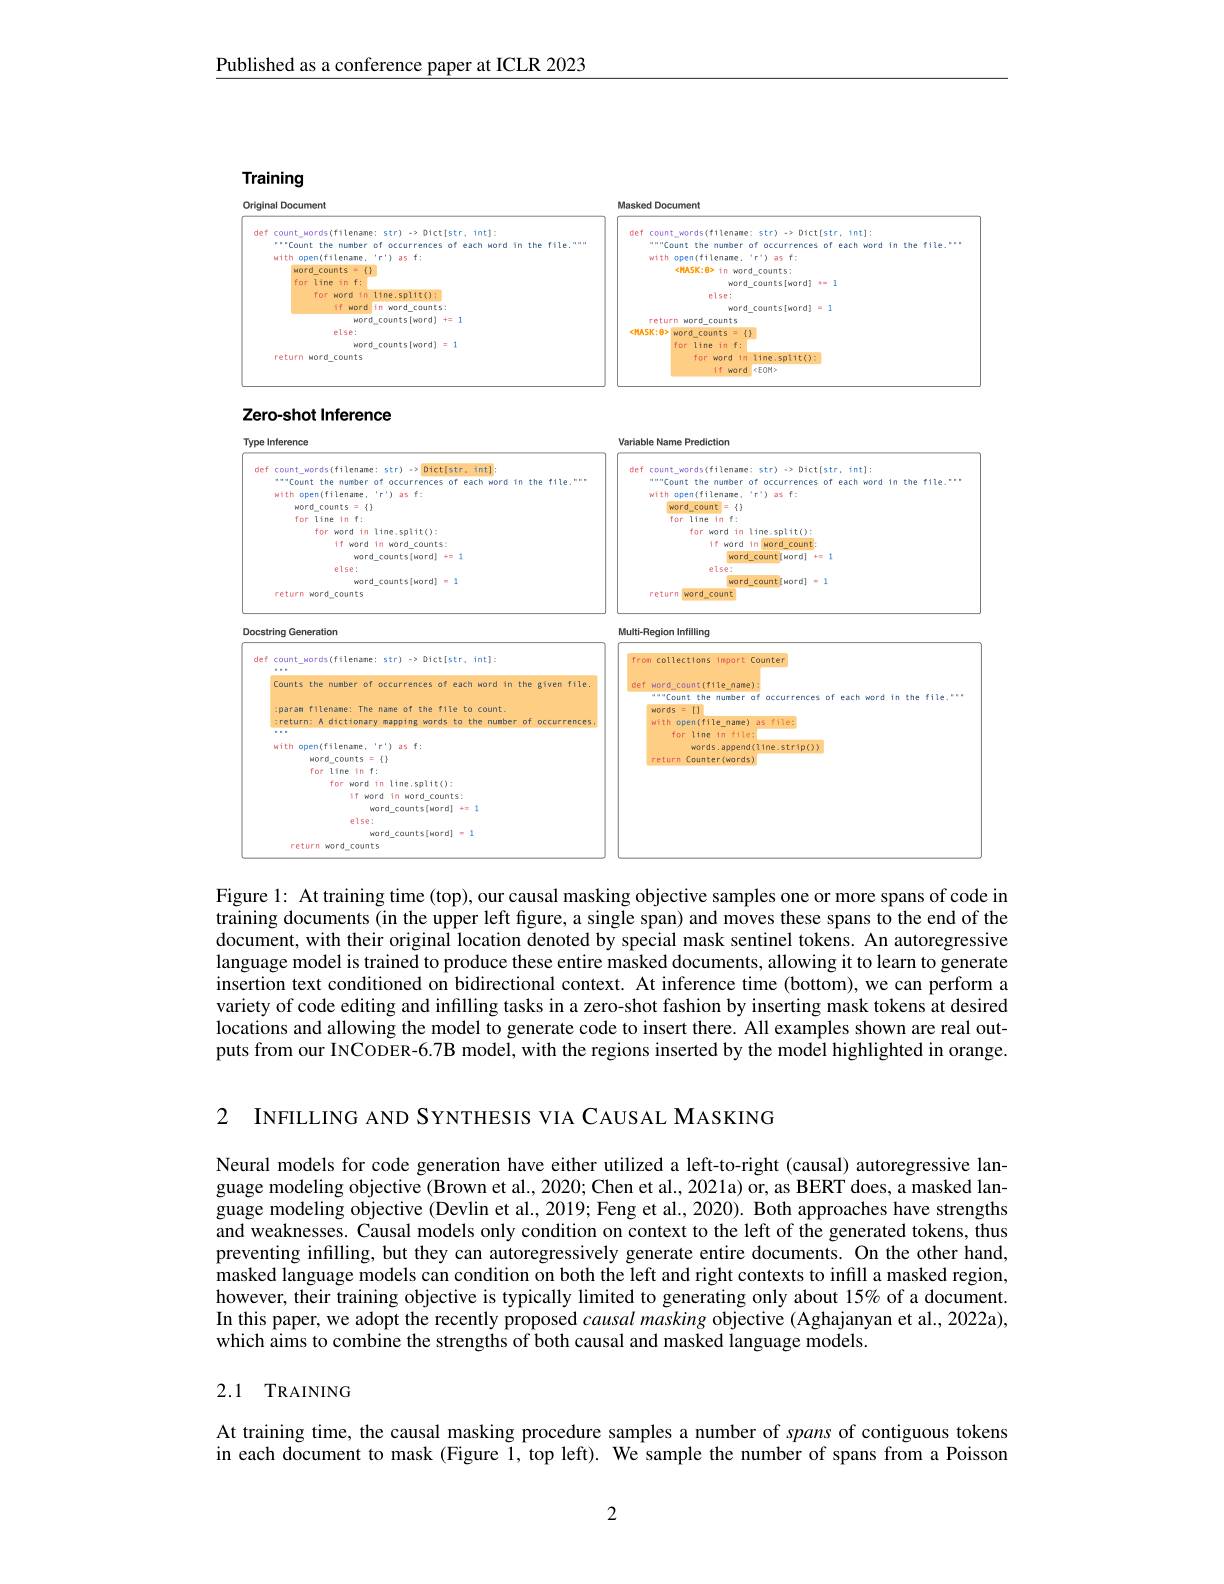
Published as a conference paper at ICLR 2023

<FigureHere>

Figure 1: At training time (top), our causal masking objective samples one or more spans of code in training documents (in the upper left figure, a single span) and moves these spans to the end of the document, with their original location denoted by special mask sentinel tokens. An autoregressive language model is trained to produce these entire masked documents, allowing it to learn to generate insertion text conditioned on bidirectional context. At inference time (bottom), we can perform a variety of code editing and infilling tasks in a zero-shot fashion by inserting mask tokens at desired locations and allowing the model to generate code to insert there. All examples shown are real outputs from our INCODER-6.7B model, with the regions inserted by the model highlighted in orange.

2 INFILLING AND SYNTHESIS VIA CAUSAL MASKING

Neural models for code generation have either utilized a left-to-right (causal) autoregressive language modeling objective (Brown et al., 2020; Chen et al., 2021a) or, as BERT does, a masked language modeling objective (Devlin et al., 2019; Feng et al., 2020). Both approaches have strengths and weaknesses. Causal models only condition on context to the left of the generated tokens, thus preventing infilling, but they can autoregressively generate entire documents. On the other hand, masked language models can condition on both the left and right contexts to infill a masked region, however, their training objective is typically limited to generating only about 15% of a document. In this paper, we adopt the recently proposed causal masking objective (Aghajanyan et al., 2022a), which aims to combine the strengths of both causal and masked language models

### 2.1 TRAINING

At training time, the causal masking procedure samples a number of spans of contiguous tokens in each document to mask (Figure 1, top left). We sample the number of spans from a Poisson

2